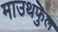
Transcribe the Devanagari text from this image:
माउथफुल